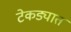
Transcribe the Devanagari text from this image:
टेकड्यात